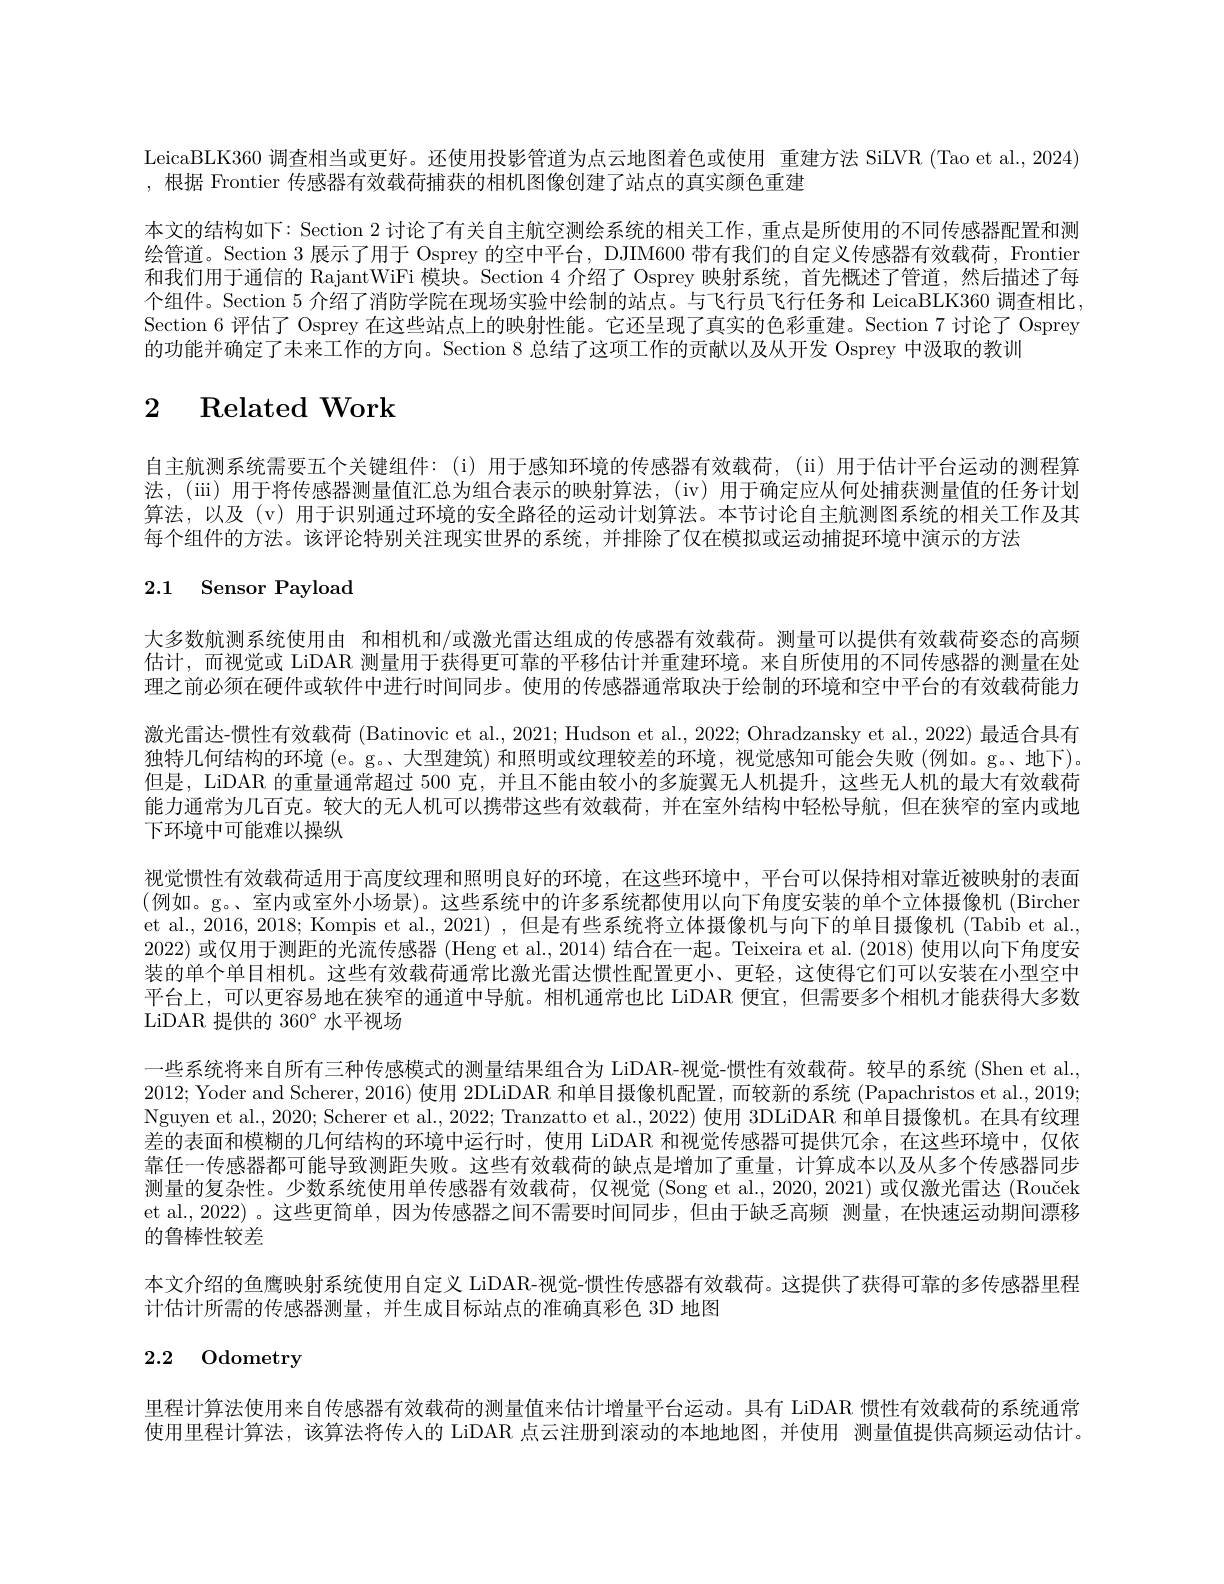
LeicaBLK360 调查相当或更好。还使用投影管道为点云地图着色或使用 重建方法 SiLVR (Tao et al., 2024)
,根据 Frontier 传感器有效载荷捕获的相机图像创建了站点的真实颜色重建
本文的结构如下：Section 2 讨论了有关自主航空测绘系统的相关工作，重点是所使用的不同传感器配置和测绘管道。Section 3 展示了用于 Osprey 的空中平台，DJIM600 带有我们的自定义传感器有效载荷，Frontier 和我们用于通信的 RajantWiFi 模块。Section 4 介绍了 Osprey 映射系统，首先概述了管道，然后描述了每个组件。Section 5 介绍了消防学院在现场实验中绘制的站点。与 飞行员 飞行仕务和 LeicaBLK360 调查相比Section 6 评估了 Osprey 在这些站点上的映射性能。它还呈现了真实的色彩重建。Section 7 讨论了 Osprey 的功能并确定了未来工作的方向。Section 8 总结了这项工作的贡献以及从开发 Osprey 中汲取的教训

# 2 Related Work

自主航测系统需要五个关键组件：(i)用于感知环境的传感器有效载荷，(ii)用于估计平台运动的测程算法，(iii)用于将传感器测量值汇总为组合表示的映射算法，(iv)用于确定应从何处捕获测量值的任务计划算法，以及(v)用于识别通过环境的安全路径的运动计划算法。本节讨论自主航测图系统的相关工作及其每个组件的方法。该评论特别关注现实世界的系统，并排除了仅在模拟或运动捕捉环境中演示的方法

# 2.1 Sensor Payload

大多数航测系统使用由 和相机和/或激光雷达组成的传感器有效载荷。测量可以提供有效载荷姿态的高频估计，而视觉或 LiDAR 测量用于获得更可靠的平移估计并重建环境。来自所使用的不同传感器的测量在处理之前必须在硬件或软件中进行时间同步。使用的传感器通常取决于绘制的环境和空中平台的有效载荷能力激光雷达-惯性有效载荷 (Batinovic et al., 2021; Hudson et al., 2022; Ohradzansky et al., 2022) 最适合具有独特几何结构的环境 (e。g。、大型建筑)和照明或纹理较差的环境，视觉感知可能会失败(例如。g。地下)。但是，LiDAR 的重量通常超过 500 克，并且不能由较小的多旋翼无人机提升，这些无人机的最大有效载荷能力通常为几百克。较大的无人机可以携带这些有效载荷，并在室外结构中轻松导航，但在狭窄的室内或地下环境中可能难以操纵
视觉惯性有效载荷适用于高度纹理和照明良好的环境，在这些环境中，平台可以保持相对靠近被映射的表面(例如。g。、室内或室外小场景)。这些系统中的许多系统都使用以向下角度安装的单个立体摄像机 (Bircher et al., 2016, 2018; Kompis et al., 2021) , 但是有些系统将立体摄像机与向下的单目摄像机 (Tabib et al., 2022)或仅用于测距的光流传感器 (Heng et al., 2014) 结合在一起。Teixeira et al. (2018) 使用以向下角度安装的单个单目相机。这些有效载荷通常比激光富达惯性配置史小、史轻，这便得它们可以安装在小型空中平台上，可以更容易地在狭窄的通道中导航。相机通常也比 LiDAR 便宜，但需要多个相机才能获得大多数LiDAR 提供的 360° 水平视场
一些系统将来自所有三种传感模式的测量结果组合为 LiDAR-视觉-惯性有效载荷。较早的系统(Shen et al., 2012;Yoder and Scherer, 2016) 使用 2DLiDAR 和单目摄像机配置，而较新的系统 (Papachristos et al., 2019; Nguyen et al., 2020; Scherer et al., 2022; Tranzatto et al., 2022) 使用 3DLiDAR 和单目摄像机。在具有纹理差的表面和模糊的几何结构的环境中运行时，使用 LiDAR 和视觉传感器可提供冗余，在这些环境中，仅依靠任一传感器都可能导致测距失败。这些有效载荷的缺点是增加了重量，计算成本以及从多个传感器同步测量的复杂性。少数系统使用单传感器有效载荷，仅视觉 (Song et al.,2020,2021)或仅激光雷达 (Rouček et al., 2022) 。这些更简单，因为传感器之间不需要时间同步 ,但由于缺乏高频 测量，在快速运动期间漂移的鲁棒性较差
本文介绍的鱼鹰映射系统使用自定义 LiDAR-视觉-惯性传感器有效载荷。这提供了获得可靠的多传感器里程
计估计所需的传感器测量，并生成目标站点的准确真彩色 3D 地图
2.2 Odometry

里程计算法使用来自传感器有效载荷的测量值来估计增量平台运动。具有 LiDAR 惯性有效载荷的系统通常使用里程计算法，该算法将传人的 LiDAR 点云注册到滚动的本地地图，并使用 测量值提供高频运动估计。